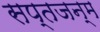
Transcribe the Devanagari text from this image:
सप्तजन्म